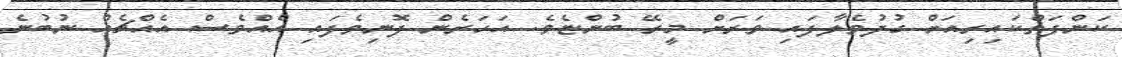
ކަންފަތްކައިރިއަށް ގުދުވެލާފައި ވަރަށް މީރޭ ބުންޏެވެ. އަހަރެން ފޮނިވެފައި އެއްވެސް އެއްޗެއް ނުބުނެ